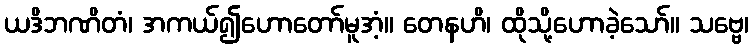
ယဒိဘဏိတံ၊ အကယ်၍ဟောတော်မူအံ့။ တေနဟိ၊ ထိုသို့ဟောခဲ့သော်။ သဗ္ဗေ၊